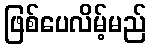
ဖြစ်ပေလိမ့်မည်